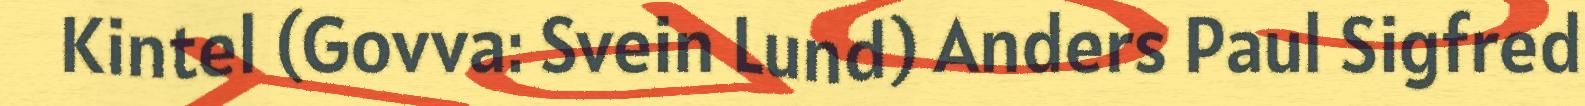
Kintel (Govva: Svein Lund) Anders Paul Sigfred